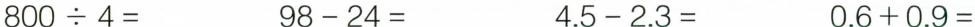
$$8 0 0 \div 4 =$$ $$9 8 - 2 4 =$$ $$4 . 5 - 2 . 3 =$$ $$0 . 6 + 0 . 9 =$$